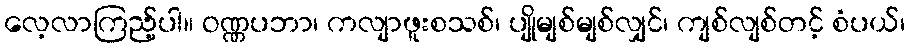
လေ့လာကြည့်ပါ။ ဝဏ္ဏပဘာ၊ ကလျာဖူးစသစ်၊ ပျိုမျစ်မျစ်လျှင်၊ ကျစ်လျစ်တင့် စံပယ်၊